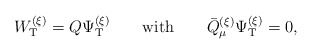
\begin{align*}W_{\rm T}^{(\xi)} = Q \Psi_{\rm T}^{(\xi)}\qquad\hbox{with}\qquad\bar{Q}_\mu^{(\xi)} \Psi_{\rm T}^{(\xi)} = 0,\end{align*}